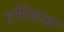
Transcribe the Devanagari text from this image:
एस्तित्व